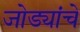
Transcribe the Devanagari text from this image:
जोड्यांचे